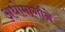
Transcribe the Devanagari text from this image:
अधोमार्गाने